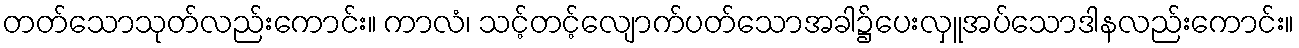
တတ်သောသုတ်လည်းကောင်း။ ကာလံ၊ သင့်တင့်လျောက်ပတ်သောအခါ၌ပေးလှူအပ်သောဒါနလည်းကောင်း။